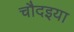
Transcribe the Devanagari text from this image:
चौदइया